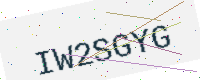
Text: IW2SGYG